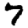
Digit: 7